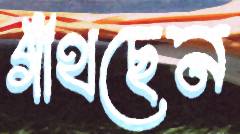
গাঁথছেন